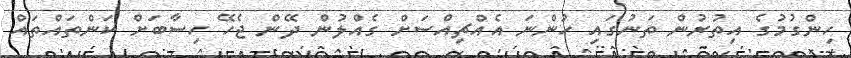
ހިންގުމުގެ އިތުރުން ތަނުގައި ހުންނަ އެއްޗިއްސަށް ގެއްލުން ދޭން ޖެހޭ ހިސާބަށް ކަންތައްތައް